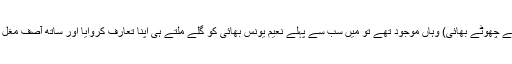
(نعیم یونس کے چھوٹے بھائی) وہاں موجود تھے تو میں سب سے پہلے نعیم یونس بھائی کو گلے ملتے ہی اپنا تعارف کروایا اور ساتھ آصف مغل بھائی کو ملا۔